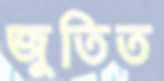
জুতিত